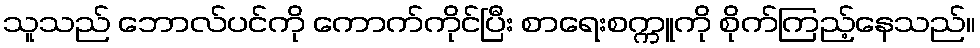
သူသည် ဘောလ်ပင်ကို ကောက်ကိုင်ပြီး စာရေးစက္ကူကို စိုက်ကြည့်နေသည်။